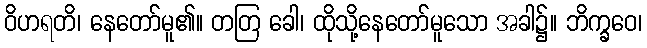
ဝိဟရတိ၊ နေတော်မူ၏။ တတြ ခေါ၊ ထိုသို့နေတော်မူသော အခါ၌။ ဘိက္ခဝေ၊